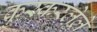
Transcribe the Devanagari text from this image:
कुस्करलेले